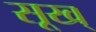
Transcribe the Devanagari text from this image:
सूख्